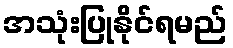
အသုံးပြုနိုင်ရမည်